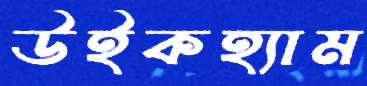
উইকহ্যাম